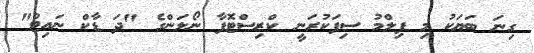
ގިނަ ބަޔަކު މި ފިލްމު ސިފަކުރަނީ ކްރިސްޓޮފާ ނޯލަންގެ "ދަ ޑާކް ނައިޓް"